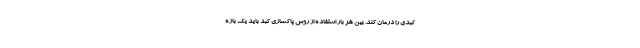
کبدی را درمان کند. بین هر بار استفاده از روش پاکسازی کبد باید یک بازه